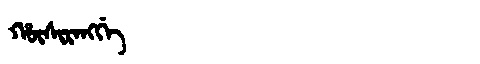
Manchu: ᡥᡡᠰᡳᡵᠠᠩᡤᡝ
Romanization: HŪSIRANGGE